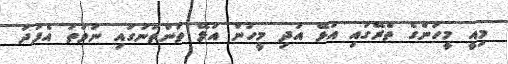
މިއީ މީހުންގެ ތެރޭގައި އުޅޭ އަދި މީހުން އުޅޭ ތަންތަނުގައި ނުވަތަ އެފަދަ